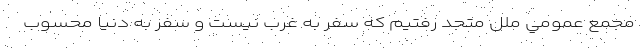
مجمع عمومي ملل متحد رفتيم كه سفر به غرب نيست و سفر به دنيا محسوب